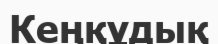
Кеңқұдық